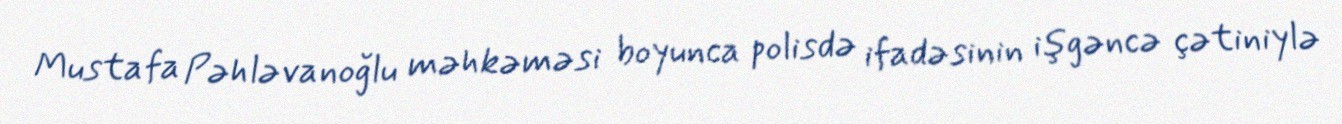
Mustafa Pəhləvanoğlu məhkəməsi boyunca polisdə ifadəsinin işgəncə çətiniylə